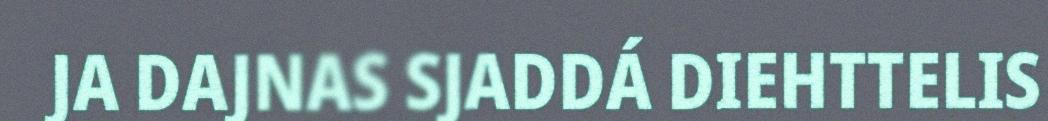
JA DAJNAS SJADDÁ DIEHTTELIS